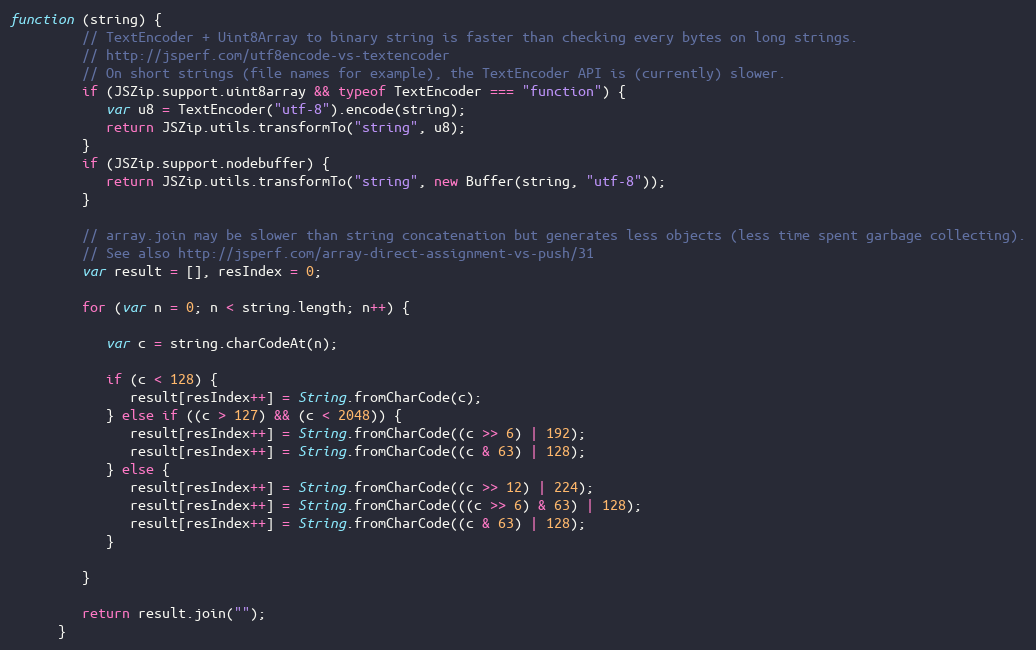
Language: JavaScript
function (string) {
         // TextEncoder + Uint8Array to binary string is faster than checking every bytes on long strings.
         // http://jsperf.com/utf8encode-vs-textencoder
         // On short strings (file names for example), the TextEncoder API is (currently) slower.
         if (JSZip.support.uint8array && typeof TextEncoder === "function") {
            var u8 = TextEncoder("utf-8").encode(string);
            return JSZip.utils.transformTo("string", u8);
         }
         if (JSZip.support.nodebuffer) {
            return JSZip.utils.transformTo("string", new Buffer(string, "utf-8"));
         }

         // array.join may be slower than string concatenation but generates less objects (less time spent garbage collecting).
         // See also http://jsperf.com/array-direct-assignment-vs-push/31
         var result = [], resIndex = 0;

         for (var n = 0; n < string.length; n++) {

            var c = string.charCodeAt(n);

            if (c < 128) {
               result[resIndex++] = String.fromCharCode(c);
            } else if ((c > 127) && (c < 2048)) {
               result[resIndex++] = String.fromCharCode((c >> 6) | 192);
               result[resIndex++] = String.fromCharCode((c & 63) | 128);
            } else {
               result[resIndex++] = String.fromCharCode((c >> 12) | 224);
               result[resIndex++] = String.fromCharCode(((c >> 6) & 63) | 128);
               result[resIndex++] = String.fromCharCode((c & 63) | 128);
            }

         }

         return result.join("");
      }